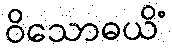
ဝိသောဓယိံ